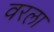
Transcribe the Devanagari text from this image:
वरला